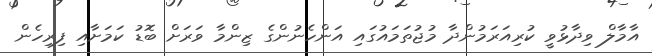
އާމާލް ވިދާޅުވީ ކުރިއަރަމުންދާ މުޖުތަމައުގައި އަންހެނުންގެ ޒިންމާ ވަރަށް ބޮޑު ކަމަށާއި ފިރިހެން